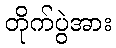
တိုက်ပွဲအား